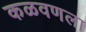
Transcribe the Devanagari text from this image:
कळवणला